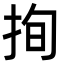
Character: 㧦